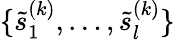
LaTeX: \{ \tilde{s}_{1}^{(k)},\ldots,\tilde{s}_{l}^{(k)}\}